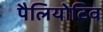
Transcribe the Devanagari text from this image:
पैलियोटिव